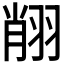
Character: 𦐺